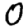
Digit: 0